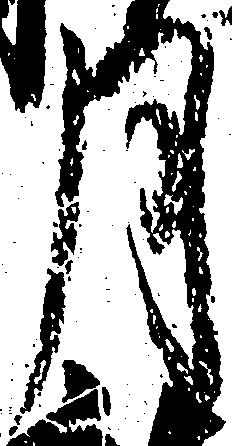
月